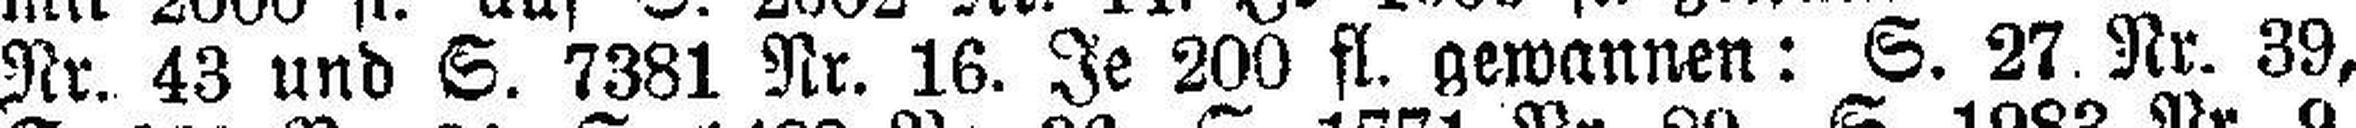
Nr. 43 und S. 7381 Nr. 16. Je 200 fl. gewannen: S. 27. Nr. 39,